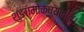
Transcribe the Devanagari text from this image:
शुङ्गमोक्ष्यन्ति।